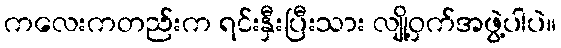
ကလေးကတည်းက ရင်းနှီးပြီးသား လျို့ဝှက်အဖွဲ့ပါပဲ။